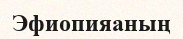
Эфиопияаның